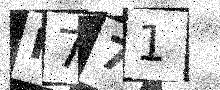
Text: R771